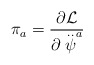
\begin{align*}\pi _a=\frac{\partial {\cal L}}{\partial \stackrel{..}{\psi }^a}\end{align*}